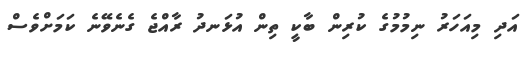
އަދި މިއަހަރު ނިމުމުގެ ކުރިން ބާކީ ތިން އުޅަނދު ރާއްޖެ ގެނެވޭނެ ކަމަށްވެސް